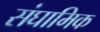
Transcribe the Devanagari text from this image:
संघामिक